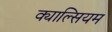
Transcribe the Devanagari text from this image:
क्याल्सियम